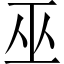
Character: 巫